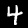
Digit: 4